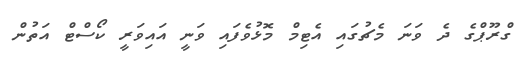
ގްރޫޕްގެ ދެ ވަނަ މެޗުގައި އެޓިމް މޮޅުވެފައި ވަނީ އައިވަރީ ކޯސްޓް އަތުން